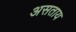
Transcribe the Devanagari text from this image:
असताय